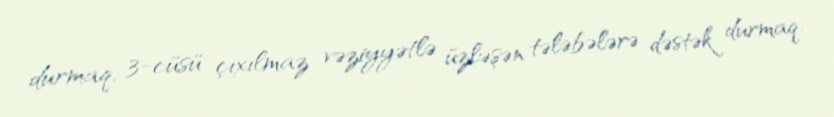
durmaq, 3-cüsü çıxılmaz vəziyyətlə üzləşən tələbələrə dəstək durmaq.